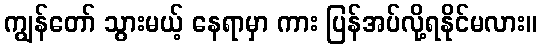
ကျွန်တော် သွားမယ့် နေရာမှာ ကား ပြန်အပ်လို့ရနိုင်မလား။